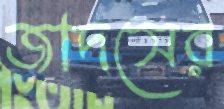
জাদসের